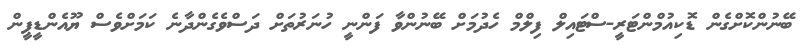
ބޭނުންކޮށްގެން ޑޮކިއުމްންޓަރީ-ސްޓައިލް ފިލްމް ހެދުމަށް ބޭނުންވާ ފަންނީ ހުނަރުތަށް ދަސްވެގެންދާނެ ކަމަށްވެސް ޔޫއެންޑީޕީން